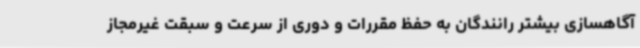
آگاهسازی بیشتر رانندگان به حفظ مقررات و دوری از سرعت و سبقت غیرمجاز